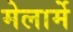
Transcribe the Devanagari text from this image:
मेलार्मे